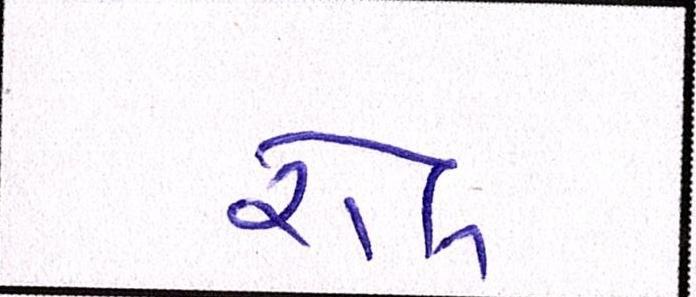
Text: રોલ